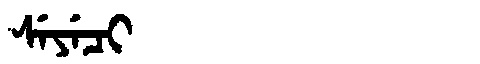
Manchu: ᠰᡝᠶᡝᠴᡳ
Romanization: SEYECI